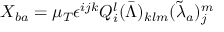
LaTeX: X _ { b a } = \mu _ { T } \epsilon ^ { i j k } Q _ { i } ^ { l } ( \bar { \Lambda } ) _ { k l m } ( \tilde { \lambda } _ { a } ) _ { j } ^ { m }